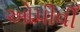
ઓપીવી